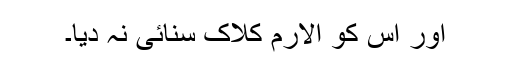
اور اس کو الارم کلاک سنائی نہ دیا۔